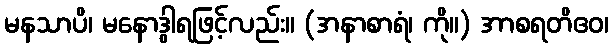
မနသာပိ၊ မနောဒွါရဖြင့်လည်း။ (အနာစာရံ၊ ကို။) အာစရတိဧဝ၊